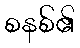
စနစ်၏